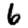
Digit: 6